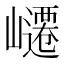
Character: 𭗥